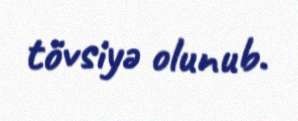
tövsiyə olunub.